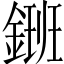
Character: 𨫄